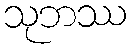
သုဘဿ